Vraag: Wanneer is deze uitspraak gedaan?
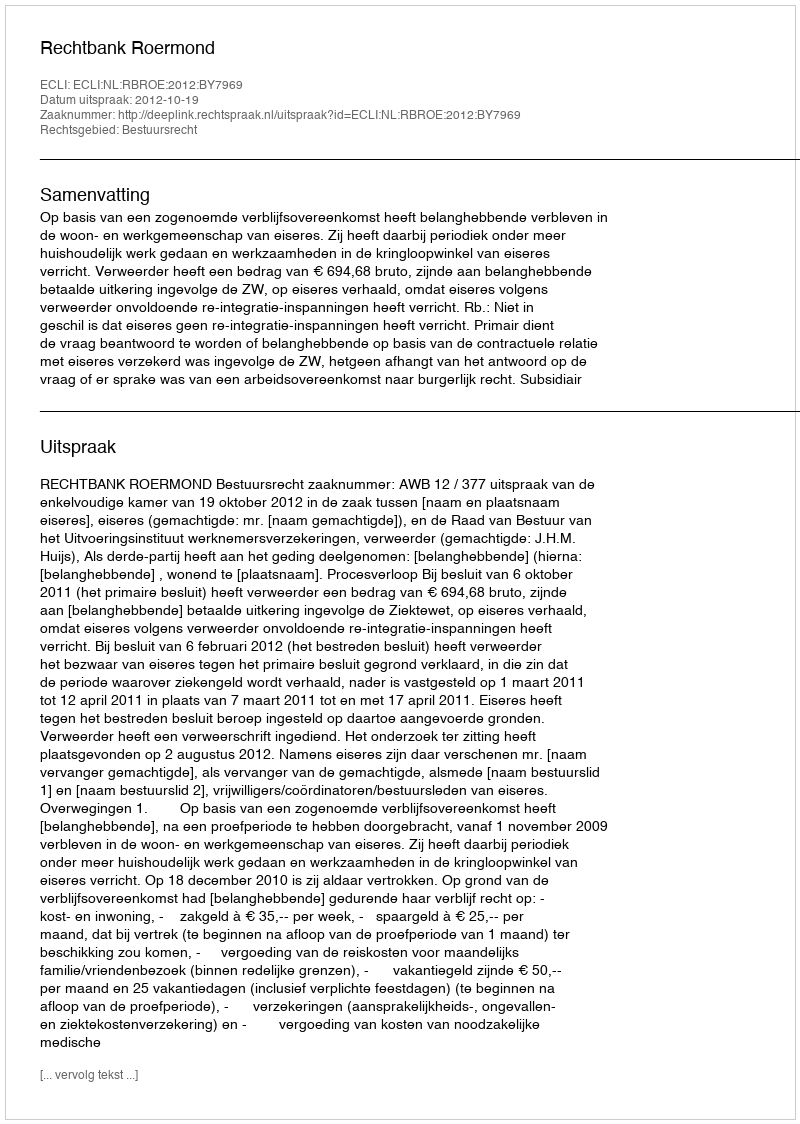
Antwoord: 2012-10-19